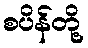
စပိန်တို့